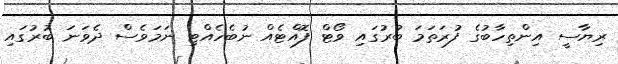
ރިޔާސީ އިންތިހާބުގެ ފުރަތަމަ ބުރުގައި ވޯޓް ފޮއްޓެއް ނުބެހެއްޓި ނަމަވެސް ދެވަނަ ބުރުގައި